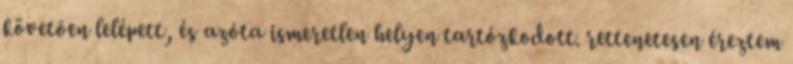
követõen lelépett, és azóta ismeretlen helyen tartózkodott. rettenetesen éreztem